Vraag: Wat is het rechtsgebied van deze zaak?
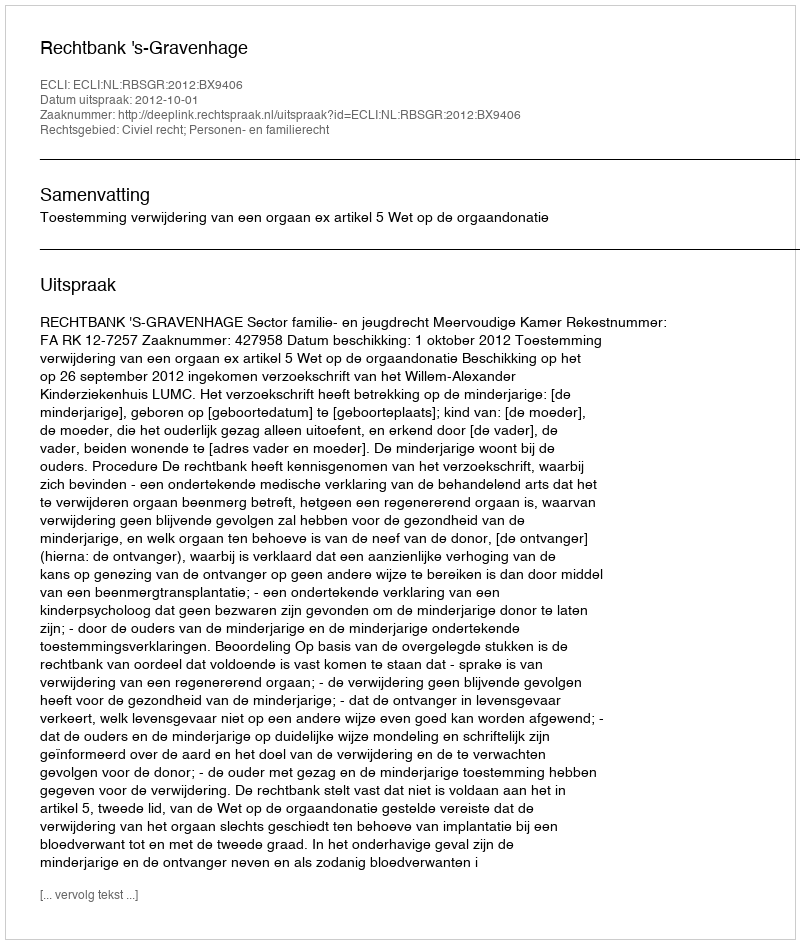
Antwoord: Civiel recht; Personen- en familierecht